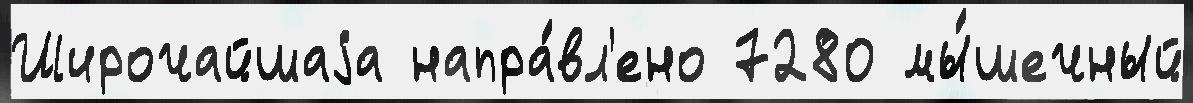
Широчайшаjа напра́вл'ено 7280 мы́шечный